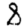
Digit: 8